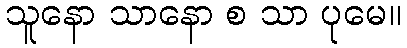
သူနော သာနော စ သာ ပုမေ။